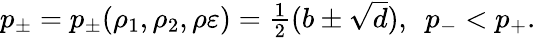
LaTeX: \begin{array}{r}{p_{\pm}=p_{\pm}(\rho_{1},\rho_{2},\rho\varepsilon)=\frac 12(b\pm\sqrt{d}),\ \ p_{-}<p_{+}.}\end{array}